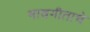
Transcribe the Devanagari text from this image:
भावगीताचे